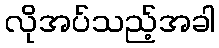
လိုအပ်သည့်အခါ